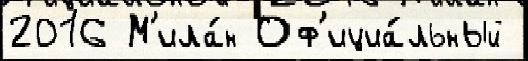
2016 М'ила́н Оф'ициа́льный